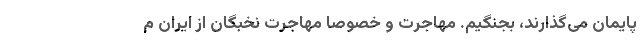
پایمان می‌گذارند، بجنگیم. مهاجرت و خصوصا مهاجرت نخبگان از ایران م